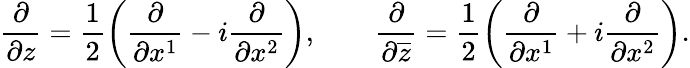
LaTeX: \frac{\partial}{\partial z}=\frac{1}{2}\left(\frac{\partial}{\partial x^{1}}-i\frac{\partial}{\partial x^{2}}\right),\qquad\frac{\partial}{\partial\overline{{z}}}=\frac{1}{2}\left(\frac{\partial}{\partial x^{1}}+i\frac{\partial}{\partial x^{2}}\right).